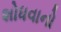
શોધવાનો